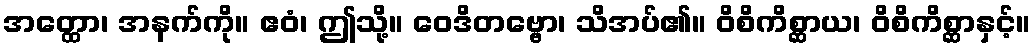
အတ္ထော၊ အနက်ကို။ ဧဝံ၊ ဤသို့။ ဝေဒိတဗ္ဗော၊ သိအပ်၏။ ဝိစိကိစ္ဆာယ၊ ဝိစိကိစ္ဆာနှင့်။